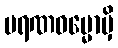
မရဏဓမ္မောမှိ